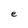
Character: e